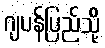
ဂျပန်ပြည်သို့